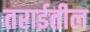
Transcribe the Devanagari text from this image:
तराईतील